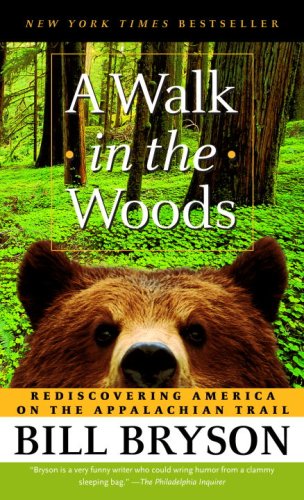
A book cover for A Walk in the Woods: Rediscovering America on the Appalachian Trail; Bill Bryson; Humor & Entertainment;